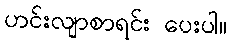
ဟင်းလျာစာရင်း ပေးပါ။